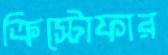
ক্রিস্টোফার